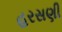
હરસણી